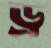
ড্র